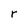
Character: r